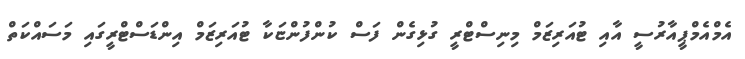
އެމްއެމްޕީއާރުސީ އާއި ޓުއަރިޒަމް މިނިސްޓްރީ ގުޅިގެން ފަސް ކުންފުންޏަކާ ޓުއަރިޒަމް އިންޑަސްޓްރީގައި މަސައްކަތް